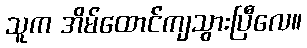
သူက အိမ်ထောင်ကျသွားပြီလေ။